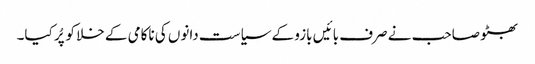
بھٹو صاحب نے صرف بائیں بازو کے سیاست دانوں کی ناکامی کے خلا کو پُر کیا۔